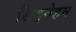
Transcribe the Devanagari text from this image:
सिद्नेहम